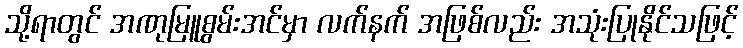
သို့ရာတွင် အဏုမြူစွမ်းအင်မှာ လက်နက် အဖြစ်လည်း အသုံးပြုနိုင်သဖြင့်